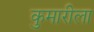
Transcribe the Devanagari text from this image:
कुमारीला